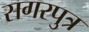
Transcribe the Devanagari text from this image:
सगरपुत्र